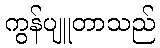
ကွန်ပျူတာသည်